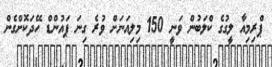
ޕްރިމިއާ ލީގުގެ ކްލަބުން ވަނީ 150 މިލިއަނަށް ވުރެ ގިނަ ޕައުންޑް ހޭދަކޮށްގެން